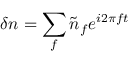
\delta n = \sum _ { f } \tilde { n } _ { f } e ^ { i 2 \pi f t }